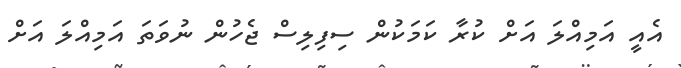
އެއީ އަމިއްލަ އަށް ކުރާ ކަމަކުން ސިފިލިސް ޖެހުން ނުވަތަ އަމިއްލަ އަށް